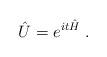
LaTeX: \begin{align*}\hat{U}=e^{it\hat{H}}\;.\end{align*}